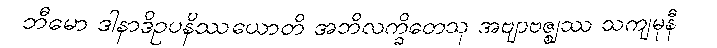
ဘီမော ဒါနာဒိဥပနိဿယောတိ အဘိလက္ခိတေသု အဗျာဗဇ္ဈဿ သကျမုနီ